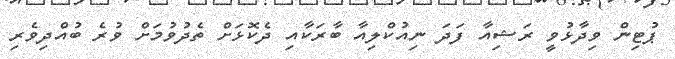
ޕުޓިން ވިދާޅުވީ ރަޝިއާ ފަދަ ނިއުކްލިއާ ބާރަކާއި ދެކޮޅަށް ތެދުވުމަށް ވުރެ ބުއްދިވެރި